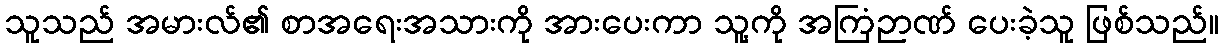
သူသည် အမားလ်၏ စာအရေးအသားကို အားပေးကာ သူ့ကို အကြံဉာဏ် ပေးခဲ့သူ ဖြစ်သည်။